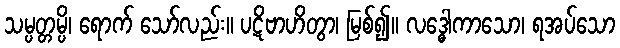
သမ္ပတ္တမ္ပိ၊ ရောက် သော်လည်း။ ပဋိဗာဟိတွာ၊ မြစ်၍။ လဒ္ဓေါကာသော၊ ရအပ်သော